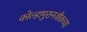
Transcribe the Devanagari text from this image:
कोल्हापुरानजीकच्या